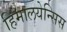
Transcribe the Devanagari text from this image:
हिमालयेन्सिस